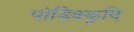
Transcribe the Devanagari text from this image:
पांडिक्कुष़ि